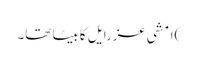
)امشی عزرایل کا بیٹا تھا۔